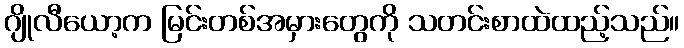
ဂျိုလီယော့က မြင်းတစ်အမှားတွေကို သတင်းစာထဲထည့်သည်။